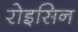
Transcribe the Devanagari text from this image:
रोइसिन